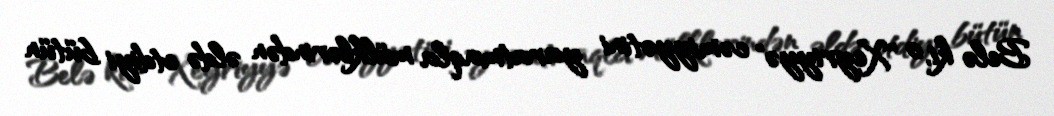
Belə ki, o "Xeyriyyə" cəmiyyətini yaratmaqla mülklərindən əldə etdiyi bütün